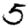
Digit: 5